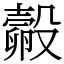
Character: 㲉